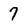
Character: 7